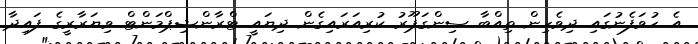
އެ ހުވަފެނުގައި ދިވެހިން ތިއްބާ ސިންގަޕޫރު ކުރިއަރައިގެން ދިޔައީ ޓްރާންޝިޕްމަންޓް ވިޔަރާރީގެ ފައިދާ